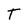
Character: T